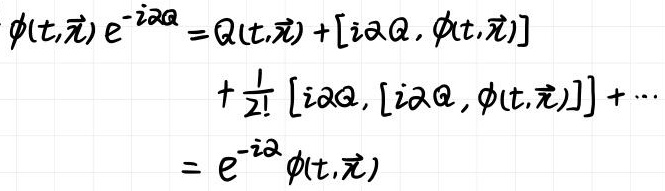
\begin{align*}
\phi(t,\vec{x}) e^{-i\alpha Q} &= Q(t,\vec{x}) + [i\alpha Q, \phi(t,\vec{x})] \\
&+ \frac{1}{2!} [i\alpha Q, [i\alpha Q, \phi(t,\vec{x})]] + \cdots \\
&= e^{-i\alpha} \phi(t,\vec{x})
\end{align*}